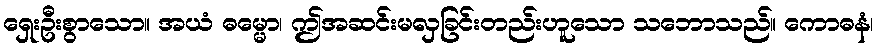
ရှေးဦးစွာသော။ အယံ ဓမ္မော၊ ဤအဆင်းမလှခြင်းတည်းဟူသော သဘောသည်။ ကောဓနံ၊